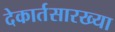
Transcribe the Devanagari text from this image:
देकार्तसारख्या